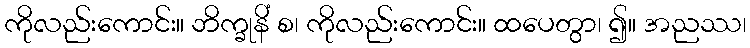
ကိုလည်းကောင်း။ ဘိက္ခုနိံ စ၊ ကိုလည်းကောင်း။ ထပေတွာ၊ ၍။ အညဿ၊